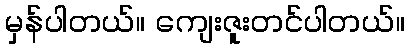
မှန်ပါတယ်။ ကျေးဇူးတင်ပါတယ်။